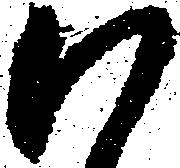
ハ